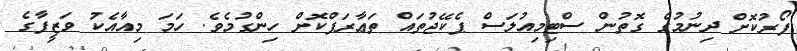
ފޯރުކޮށް ދިނުމުގެ ގޮތުން ސްޓިމިއުލަސް ޕެކޭޖުތައް ތަޢާރަފްކޮށް ހިންގުމެވެ. ހަމަ މިއާއެކު ވަޒީފާގެ